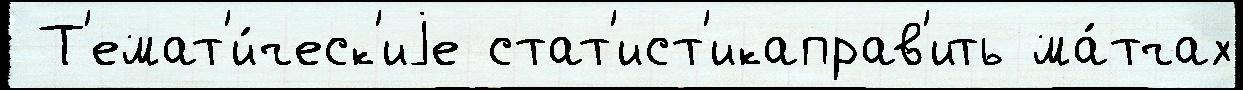
 Т'емат'и́ческ'иjе стат'ист'икаправ'ить ма́тчах